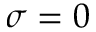
\sigma = 0